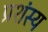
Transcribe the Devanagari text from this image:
प्रशंस्य